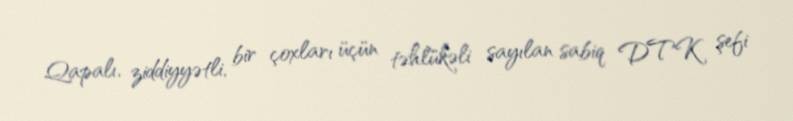
Qapalı, ziddiyyətli, bir çoxları üçün təhlükəli sayılan sabiq DTK şefi